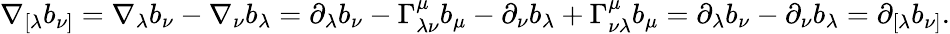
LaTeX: \begin{array}{r}{\nabla_{[\lambda}b_{\nu]}=\nabla_{\lambda}b_{\nu}-\nabla_{\nu}b_{\lambda}=\partial_{\lambda}b_{\nu}-\Gamma_{\lambda\nu}^{\mu}b_{\mu}-\partial_{\nu}b_{\lambda}+\Gamma_{\nu\lambda}^{\mu}b_{\mu}=\partial_{\lambda}b_{\nu}-\partial_{\nu}b_{\lambda}=\partial_{[\lambda}b_{\nu]}.}\end{array}